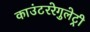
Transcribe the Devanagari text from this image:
काउंटररेगुलेट्री